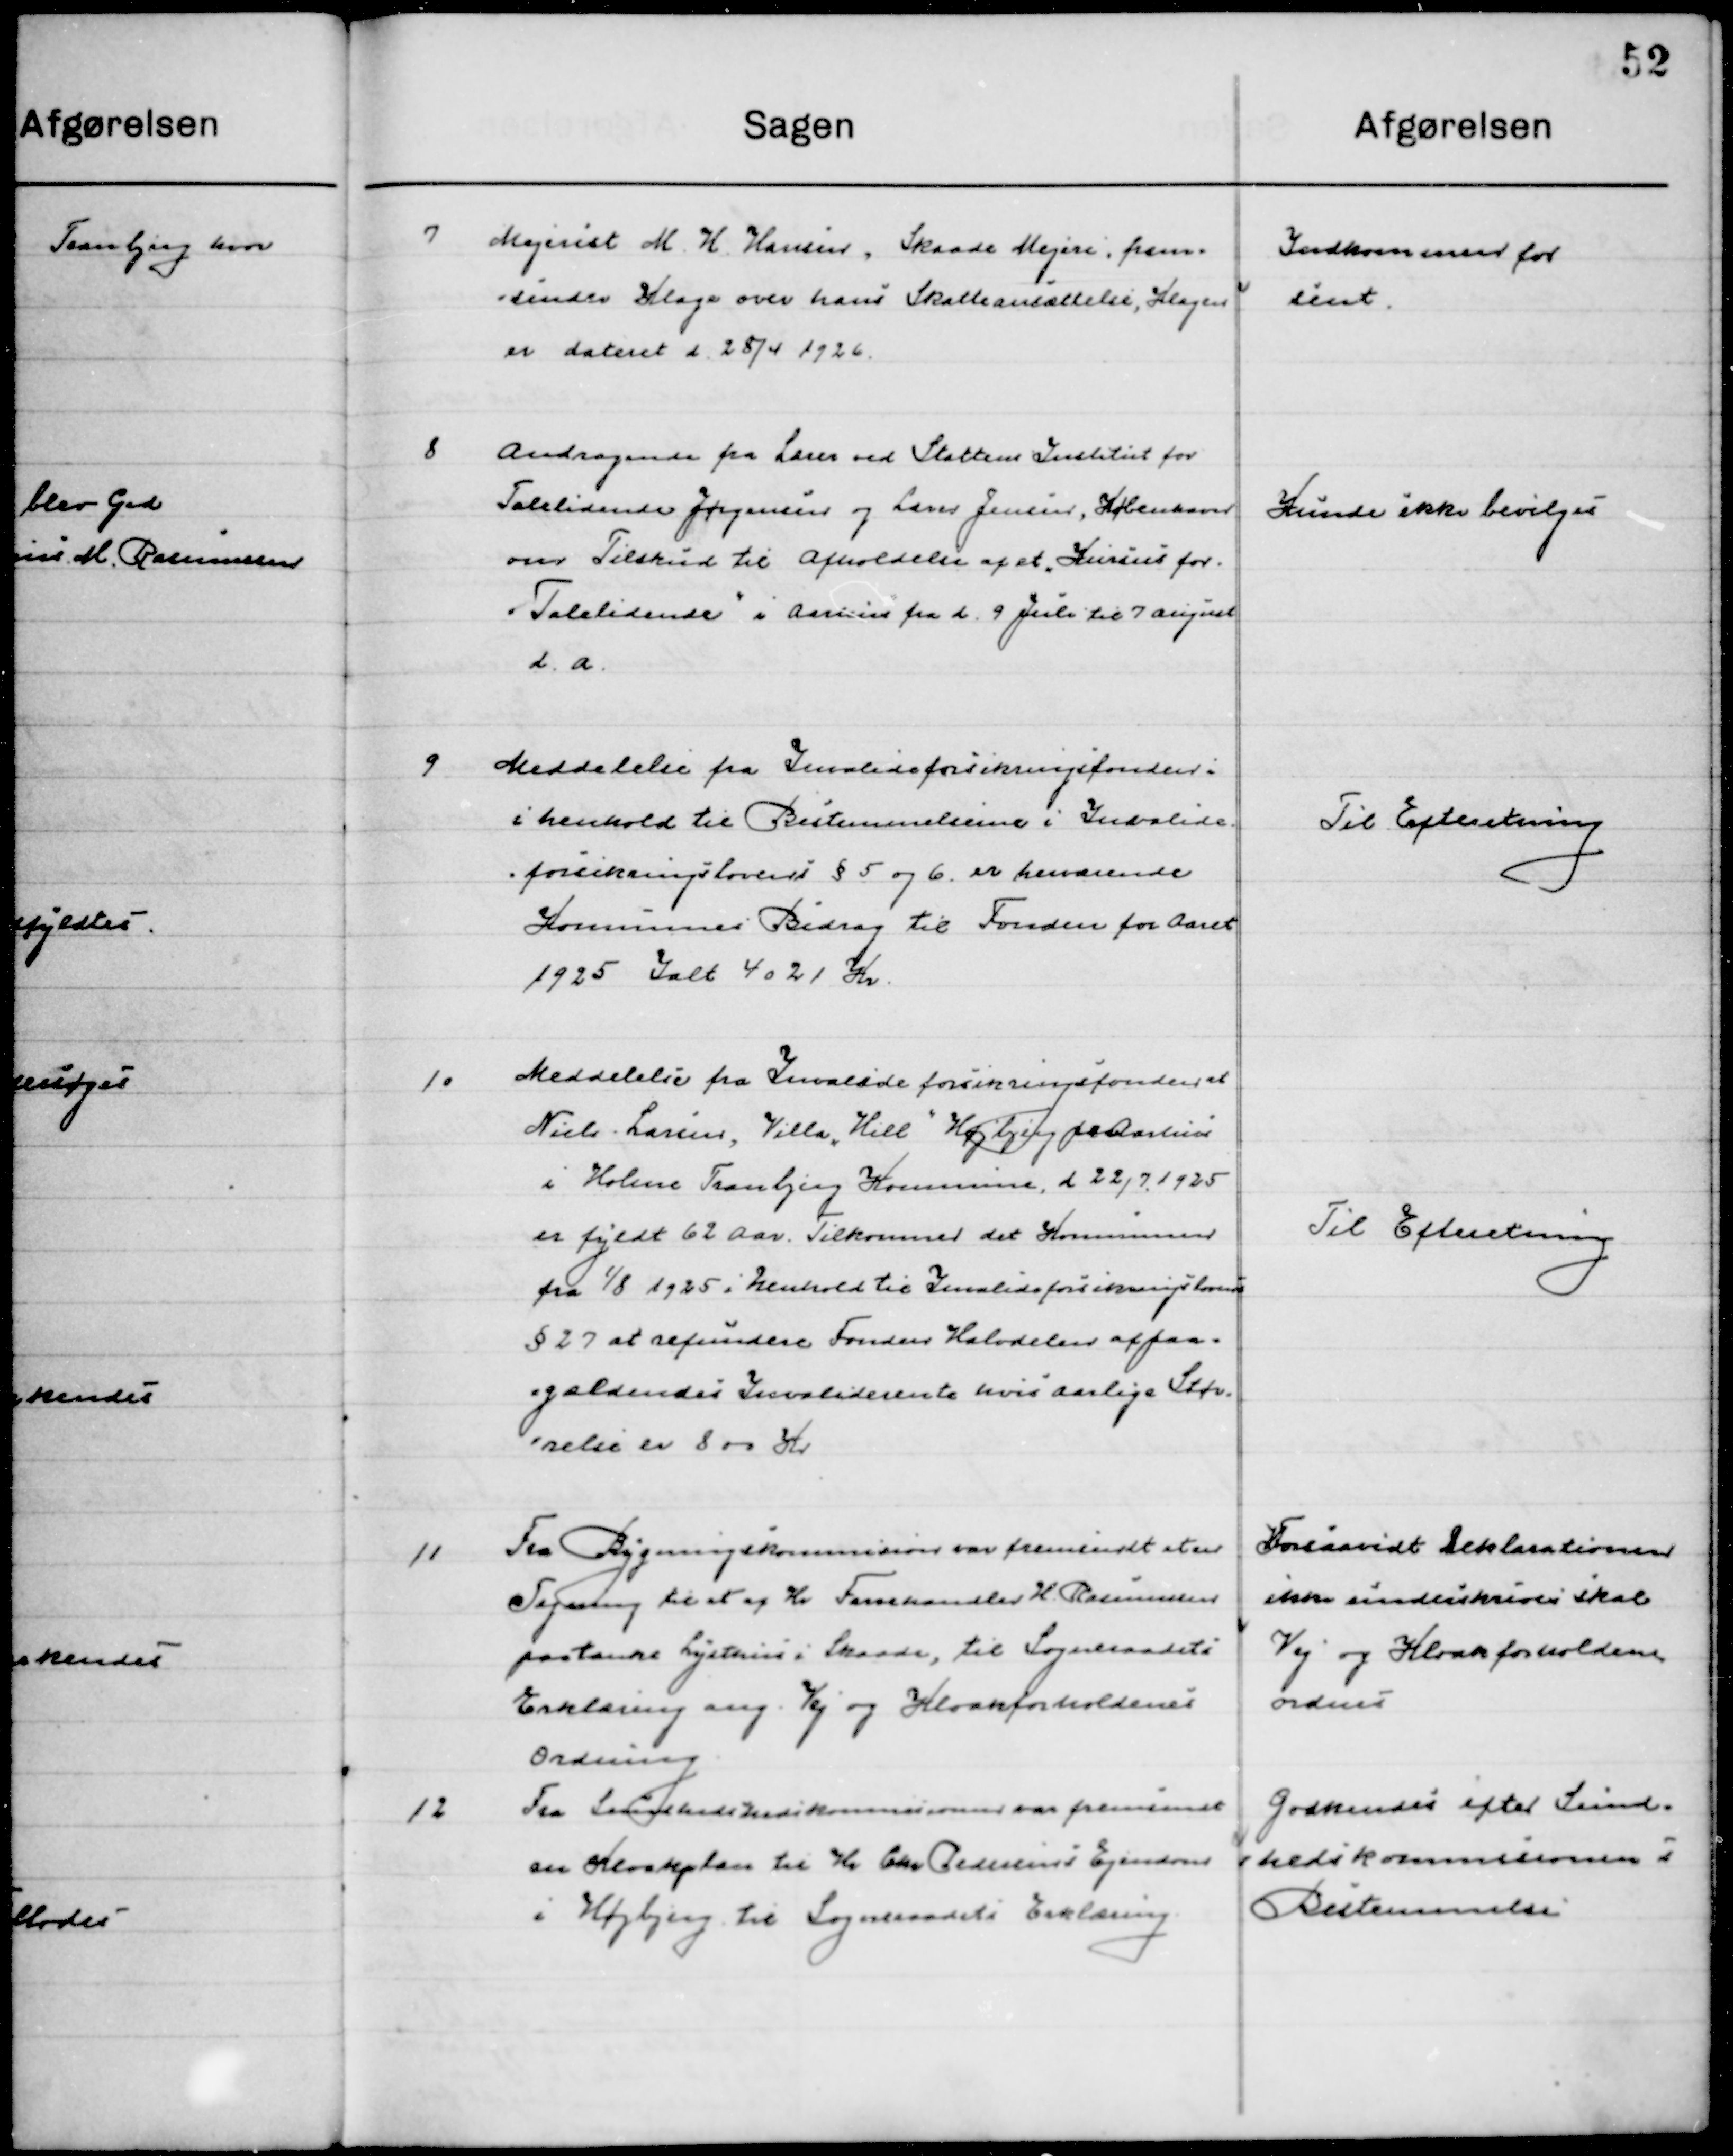
Transskription:
7

Mejerist M. H. Hansen, Skaade Mejeri, frem-
sender Klage over han Skatteansættelse, Klagen 
er dateret d. 25/4 1926.

Indkommer for
sent

8

Andragende fra Lære ved Statens Institut for
Talelidende Jørgensen og Lars Jensen, København
om Tilskud til Afholdelse af et Kursus for
”Talelidende” i Aarhus fra d. 9 Juli til 7 August  
d. a.

Kunne ikke bevilges

9

Meddelelse fra Invalideforsikringsfonden 
i henhold til Bestemmelserne i Invalide-
forsikringslovens § 5 og 6 er herværende
Kommunes Bidrag til fonden for Aaret
1925 I alt 4021 Kr.

Til Efterretning

10

Meddelelse fra Invalideforsikringsfonden at
Niels Larsen, Villa "Hill” Højbjerg pr. Aarhus
i Holme Tranbjerg Kommune, d. 22/7 1925
er fyldt 62 Aar. Tilkommer det Kommunen
fra 1/8 1925 i henhold til Invalideforsikringsloven
§ 27 at refundere fonden Halvdelen af paa.
gældende Invalide rente hvis aarlige Stør- 	
relse er er 800 Kr.

Til Efterretning

11

Fra Bygningskommissionen var fremsendt at er
Tegning til et af Hr. Farvehandler H. Rasmussen
Paatænkte Lysthus i Skaade, til Sogneraadets
Erklæring ang. Vej og Kloakforholdenes 
Ordning

Forsaavidt Deklarationen
Ikke underskrives skal
Vej og Kloakforholdene
ordnes.

12

Fra Sundhedskommissionen var fremsendt
En Kloakplan til Hr. Chr. Pedersens Ejendom
i Højbjerg til Sogneraadts Erklæring

Godkendes efter Sund-
hedskommissionens
Bestemmelse.